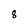
Character: 8